Indian Medical Review
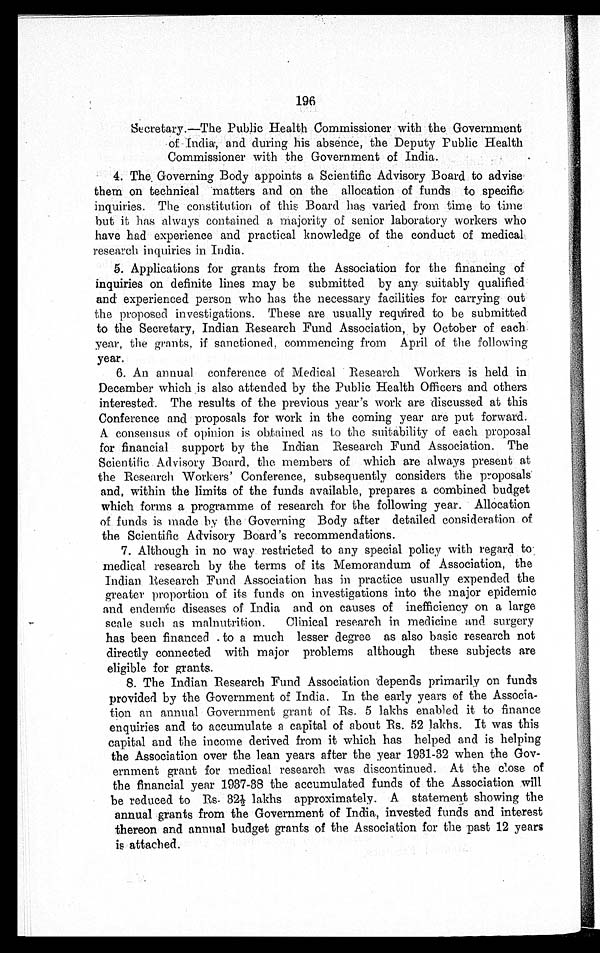
196
Secretary.—The Public Health Commissioner with the Government
of India, and during his absence, the Deputy Public Health
Commissioner with the Government of India.
4. The Governing Body appoints a Scientific Advisory Board to advise
them on technical matters and on the allocation of funds to specific
inquiries. The constitution of this Board has varied from time to time
but it has always contained a majority of senior laboratory workers who
have had experience and practical knowledge of the conduct of medical
research inquiries in India.
5. Applications for grants from the Association for the financing of
inquiries on definite lines may be submitted by any suitably qualified
and experienced person who has the necessary facilities for carrying out
the proposed investigations. These are usually required to be submitted
to the Secretary, Indian Research Fund Association, by October of each
year, the grants, if sanctioned, commencing from April of the following
year.
6. An annual conference of Medical Research Workers is held in
December which is also attended by the Public Health Officers and others
interested. The results of the previous year's work are discussed at this
Conference and proposals for work in the coming year are put forward.
A consensus of opinion is obtained as to the suitability of each proposal
for financial support by the Indian Research Fund Association. The
Scientific Advisory Board, the members of which are always present at
the Research Workers' Conference, subsequently considers the proposals
and, within the limits of the funds available, prepares a combined budget
which forms a programme of research for the following year. Allocation
of funds is made by the Governing Body after detailed consideration of
the Scientific Advisory Board's recommendations.
7. Although in no way restricted to any special policy with regard to
medical research by the terms of its Memorandum of Association, the
Indian Research Fund Association has in practice usually expended the
greater proportion of its funds on investigations into the major epidemic
and endemic diseases of India and on causes of inefficiency on a large
scale such as malnutrition. Clinical research in medicine and surgery
has been financed to a much lesser degree as also basic research not
directly connected with major problems although these subjects are
eligible for grants.
8. The Indian Research Fund Association depends primarily on funds
provided by the Government of India. In the early years of the Associa
- t i o n a n a n n u a l G o v e r n m e n t g r a n t o f R s . 5 l a k h s e n a b l e d i t t o f i n a n c e
enquiries and to accumulate a capital of about Rs. 52 lakhs. It was this
capital and the income derived from it which has helped and is helping
the Association over the lean years after the year 1931-32 when the Gov
- e r n m e n t g r a n t f o r m e d i c a l r e s e a r c h w a s d i s c o n t i n u e d . A t t h e c l o s e o f
the financial year 1937-38 the accumulated funds of the Association will
be r educed t o Rs. 32½ l akhs appr oxi mat el y. A st at ement showi ng t he
annual grants from the Government of India, invested funds and interest
thereon and annual budget grants of the Association for the past 12 years
is attached.